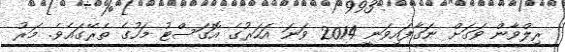
ރިލްވާން ވަގަށް ނަގާފައިވަނީ 2014 ވަނަ އަހަރުގެ އޮގަސްޓު މަހުގެ ތެރޭގައެވެ. މަރު